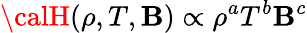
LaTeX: {\calH}(\rho,T,\mathbf{B})\propto\rho^{a}T^{b}\mathbf{B}^{c}